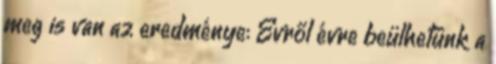
meg is van az eredménye: Évről évre beülhetünk a